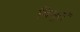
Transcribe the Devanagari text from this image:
विश्रुतं